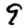
Digit: 9